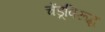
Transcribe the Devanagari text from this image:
चेंडूविरूद्ध